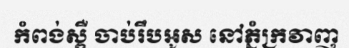
កំពង់ស្ពឺ ចាប់រឹបអូស នៅភ្នំក្រវាញ